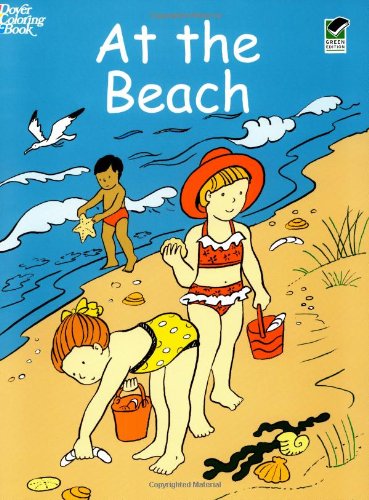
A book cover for At the Beach (Dover Coloring Books); Cathy Beylon; Children's Books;